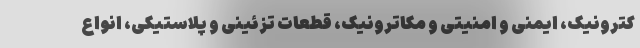
کترونیک، ایمنی و امنیتی و مکاترونیک، قطعات تزئینی و پلاستیکی، انواع